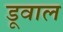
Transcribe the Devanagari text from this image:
डूवाल